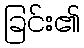
ခြင်း၏